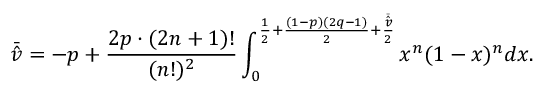
\bar { \hat { v } } = - p + \frac { 2 p \cdot ( 2 n + 1 ) ! } { ( n ! ) ^ { 2 } } \int _ { 0 } ^ { \frac { 1 } { 2 } + \frac { ( 1 - p ) ( 2 q - 1 ) } { 2 } + \frac { \bar { \hat { v } } } { 2 } } x ^ { n } ( 1 - x ) ^ { n } d x .